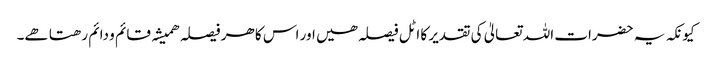
کیونکہ یہ حضرات اللہ تعالیٰ کی تقدیر کا اٹل فیصلہ ھیں اور اس کا ھر فیصلہ ھمیشہ قائم و دائم رھتا ھے۔